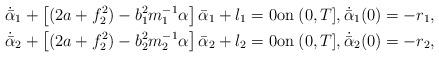
LaTeX: \begin{align*} &\dot{\bar{\alpha}}_{1}+\left[(2a+f_{2}^{2})-b_{1}^{2}m_{1}^{-1}\alpha\right]\bar{\alpha}_{1}+l_{1}=0\hbox{on} \; (0, T], \dot{\bar{\alpha}}_{1}(0)=-r_{1}, \\ &\dot{\bar{\alpha}}_{2}+\left[(2a+f_{2}^{2})-b_{2}^{2}m_{2}^{-1}\alpha\right]\bar{\alpha}_{2}+l_{2}=0 \hbox{on} \; (0, T], \dot{\bar{\alpha}}_{2}(0)=-r_{2}, \end{align*}